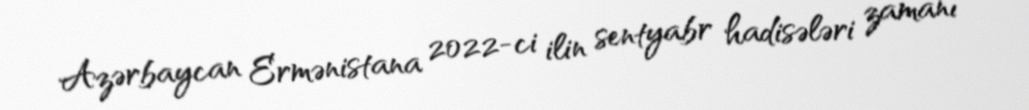
Azərbaycan Ermənistana 2022-ci ilin sentyabr hadisələri zamanı